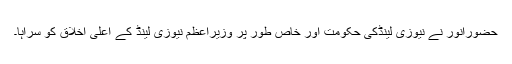
حضورانور نے نیوزی لینڈکی حکومت اور خاص طور پر وزیراعظم نیوزی لینڈ کے اعلیٰ اخلاق کو سراہا۔